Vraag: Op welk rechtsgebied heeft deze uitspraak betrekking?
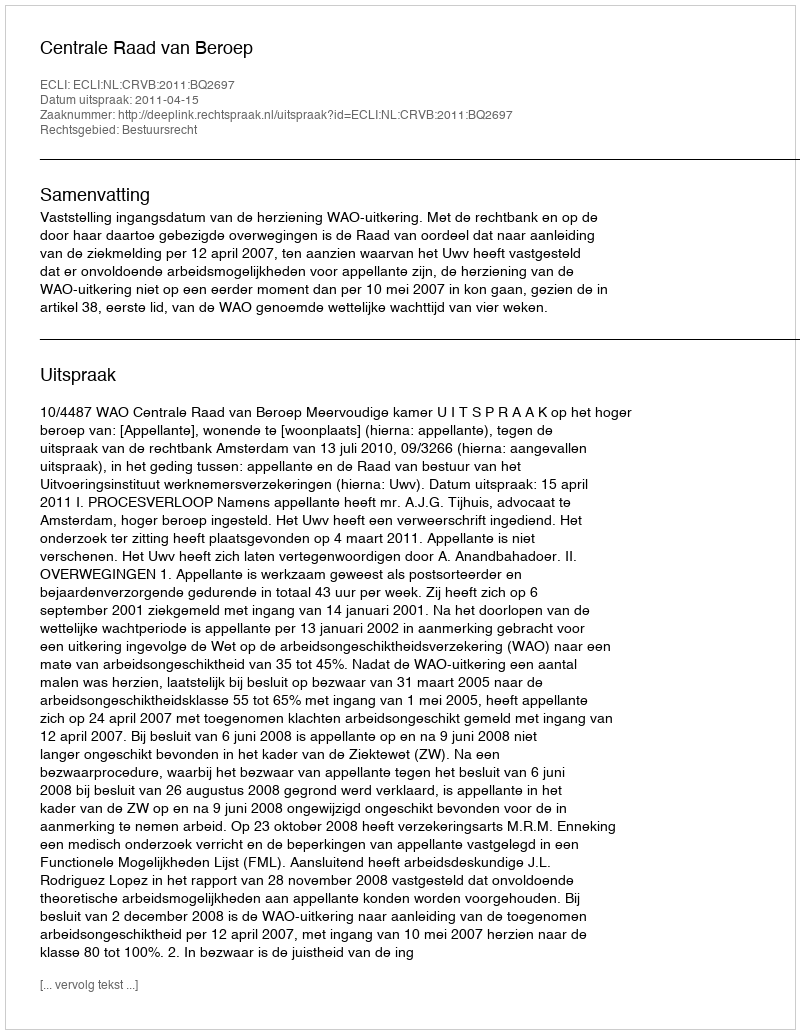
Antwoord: Bestuursrecht